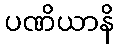
ပဏိယာနိ